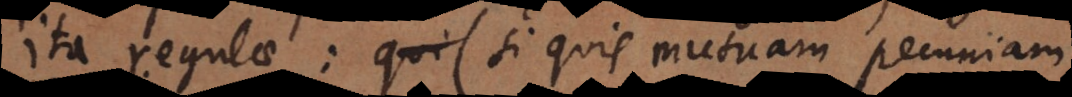
Ita regulae si quis mutuam pecuniam